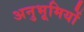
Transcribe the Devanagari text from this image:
अनुभूमियों